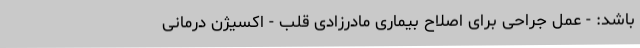
باشد: - عمل جراحی برای اصلاح بیماری مادرزادی قلب - اکسیژن درمانی